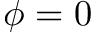
\phi = 0